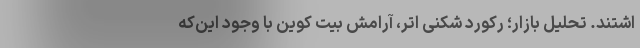
اشتند. تحلیل بازار؛ رکورد شکنی اتر، آرامش بیت کوین با وجود این‌که